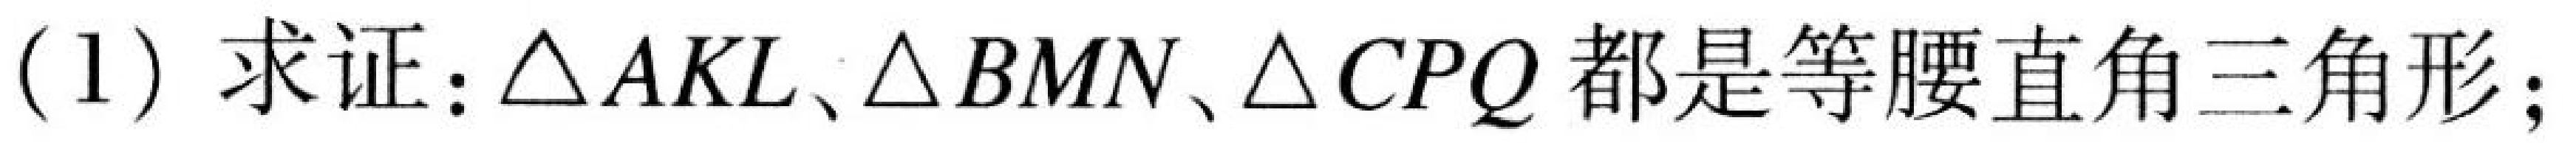
(1) 求证:$\triangle AKL、\triangle BMN、\triangle CPQ$都是等腰直角三角形;